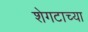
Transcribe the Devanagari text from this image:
शेगटाच्या